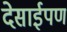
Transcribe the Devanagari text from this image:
देसाईपण